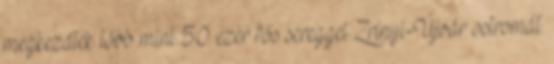
megkezdték több mint 50 ezer fős sereggel Zrínyi-Újvár ostromát.